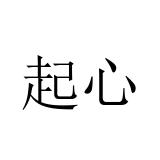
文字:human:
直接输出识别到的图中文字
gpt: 起心